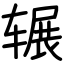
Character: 辗